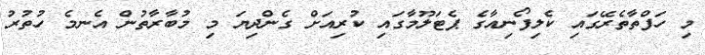
މި ހަފްތާތެރޭގައި ކެލިފޯނިއާގެ ޕެޓަލޫމާގައި ކުރިއަށް ގެންދިޔަ މި މުބާރާތުން އެނމެ ހުތުރު